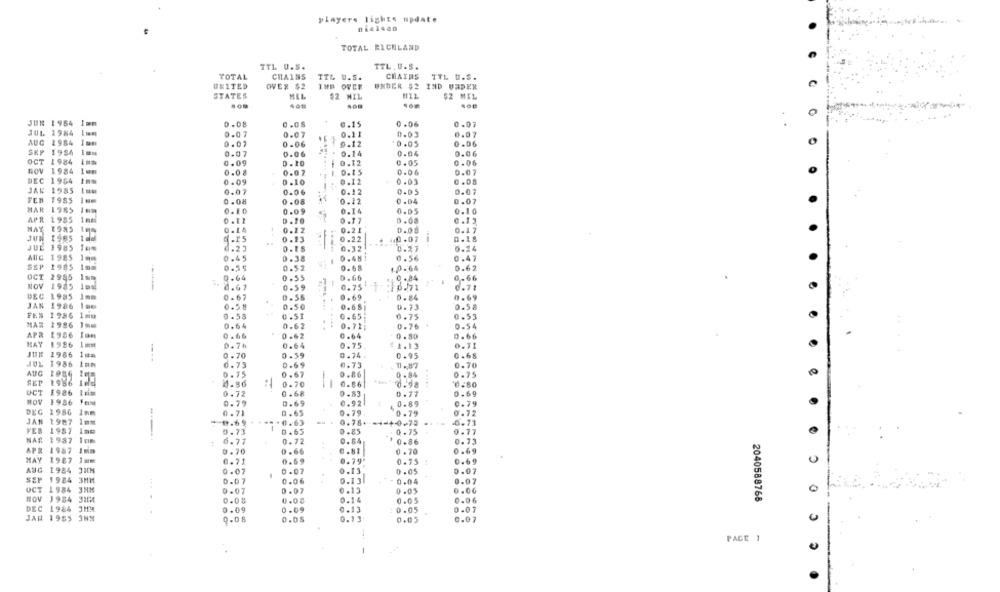
players lights update
nielsen
TOTAL RICHLAND
TTL U.S.
TTL, U.S.
TOTAL
CHAINS
TTL U.S.
CHAIRS
TTL U.S.
UNITED
OVER $2
IND OFCE
UNDER $2 IND UNDER
STATES
MEL
$2 MIL
$2 MEL
JUN 1954
0.08
0.08
0.15
6.06
0.07
184
0.07
0.07
0.11
0.03
0.07
ABC
1984
0.07
0.06
0.12
10.05
0.06
SKY
1984
0.07
0.06
4
0.14
0.04
0.06
OCT
984
0.09
0.12
0.05
0.06
1984
0.08
1. 0.15
0.06
0.07
0.07
BEC
1964
0.09
0.10
0.12
0-01
0.08
1985
0.07
0.06
0.12
0-05
0.07
FEN
1985
0.08
0.08
0.12
0.04
0.07
MAH
1985
0.10
0.09
0.14
0.05
0.10
APR
1985
0.17
0.13
MAY
0.14
0.12
0.21
D.08
0.17
1985
0.13
10.22
40.07
D.18
1985
0. 18
0.32.
0.27
0.24
1985
0.45
0. 38
0.481
6.56
0.47
SSP
1985
0.55
0.52
0.68
1.0. 64
0.62
OCT
2995
0.64
0 -55
0.66
0.66
NOV
1985
8.67
0.59
0.75
10.71
0.71
DEC
1985
0.67
0.58
0.69
6.84
0.69
JAN
1986
0.58
0.50
0.681
0.73
0.58
1986
0.53
0.65
0.75
0.53
MAR
1986
0.64
0.62
0.71;
0.76
0.54
APR
1986
0 .66
0.62
0.64
0.80
0.60
MAY
1986
D. 7h
0.64
0.75
£1.13
1986
0.70
0.59
0.74.
0.95
0.68
. ...
1986
0.73
0.69
0.73
0.70
AUC
0
0.75
0.67
0.86
0.84
0.75
SET
1986
0.70
0.86
0.98
0.80
OCT
1986
0.72
0.68
0.83
0.77
0.69
1986
0.79
0.69
0.92
0.79
0.89
1986
0.71
0.65
0.79
0.79
0.72
JAN
1987
** 0.63
0.78+++
1-40-72
0.73
1987
0.73
0.65
0.85
0.75
0.77
1937
6.77
0.72
0.84
0.86
0.73
APR
1987
0.70
0.66
0.81
0 . 70
0 .69
MAY
1987
0.21
0. 69
0.79
0.75
0.69
0
ANLC
1984
0-07
0 -07
0.13.
0.05
0.07
SEP
1984
0.131
0.07
0.06
0.04
0.07
OCT
1984
0.07
0- 07
0.13
0 .05
0.00
0
NON
1984
0.08
0.00
0.14
0.05
0.06
2040588768
DEC
1984
0.09
0.09
0.05
0.07
0.13
JAN 1955
9.08
0.08
0.13
0.05
0.07
PAGE 1
-
......